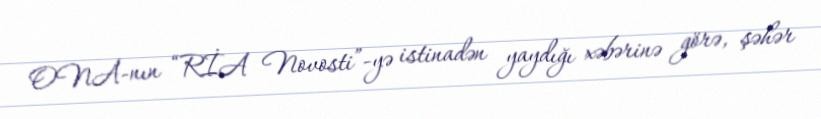
ONA-nın “RİA Novosti”-yə istinadən yaydığı xəbərinə görə, şəhər